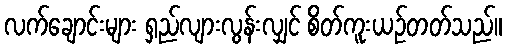
လက်ချောင်းများ ရှည်လျားလွန်းလျှင် စိတ်ကူးယဉ်တတ်သည်။